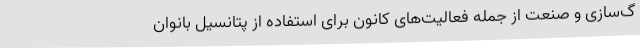
گ‌سازی و صنعت از جمله فعالیت‌های کانون برای استفاده از پتانسیل بانوان